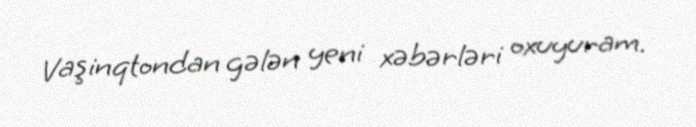
Vaşinqtondan gələn yeni xəbərləri oxuyuram.